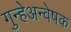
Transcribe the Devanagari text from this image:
गुन्हेअन्वेषक